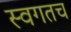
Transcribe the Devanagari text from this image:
स्वगतच